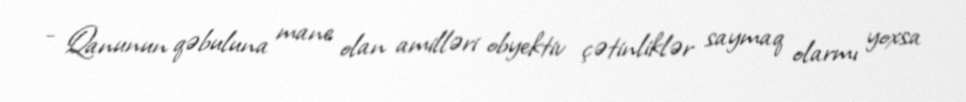
- Qanunun qəbuluna mane olan amilləri obyektiv çətinliklər saymaq olarmı yoxsa